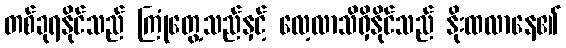
တစ်ခုရနိုင်သည် ကြုံတွေ့သည်နှင့် လေ့လာသိရှိနိုင်သည် နိုးထလာနေ၏